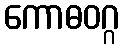
ကောဓဝဂ္ဂ